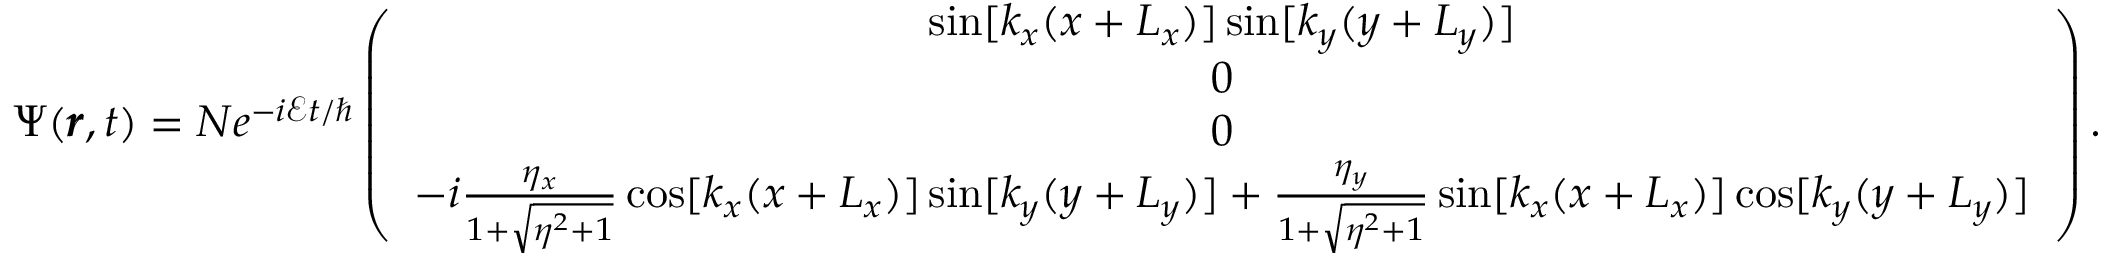
\Psi ( \pmb { r } , t ) = N e ^ { - i \mathcal { E } t / \hbar } \left( \begin{array} { c } { \sin [ k _ { x } ( x + L _ { x } ) ] \sin [ k _ { y } ( y + L _ { y } ) ] } \\ { 0 } \\ { 0 } \\ { - i \frac { \eta _ { x } } { 1 + \sqrt { \eta ^ { 2 } + 1 } } \cos [ k _ { x } ( x + L _ { x } ) ] \sin [ k _ { y } ( y + L _ { y } ) ] + \frac { \eta _ { y } } { 1 + \sqrt { \eta ^ { 2 } + 1 } } \sin [ k _ { x } ( x + L _ { x } ) ] \cos [ k _ { y } ( y + L _ { y } ) ] } \end{array} \right) .